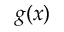
g ( x )